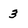
Character: 3